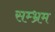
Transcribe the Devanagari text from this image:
सम्भ्रम